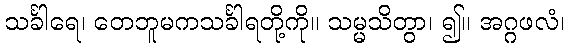
သင်္ခါရေ၊ တေဘူမကသင်္ခါရတို့ကို။ သမ္မသိတွာ၊ ၍။ အဂ္ဂဖလံ၊